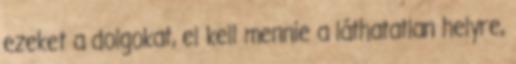
ezeket a dolgokat, el kell mennie a láthatatlan helyre,